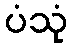
ပံသုံ